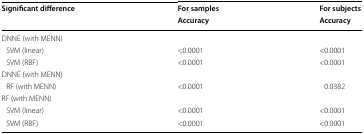
<table><thead><tr><td rowspan="2"><b>Significant difference</b></td><td><b>For samples</b></td><td><b>For subjects</b></td></tr><tr><td><b>Accuracy</b></td><td><b>Accuracy</b></td></tr></thead><tbody><tr><td colspan="3">DNNE (with MENN)</td></tr><tr><td> SVM (linear)</td><td>&lt;0.0001</td><td>&lt;0.0001</td></tr><tr><td> SVM (RBF)</td><td>&lt;0.0001</td><td>&lt;0.0001</td></tr><tr><td colspan="3">DNNE (with MENN)</td></tr><tr><td> RF (with MENN)</td><td>&lt;0.0001</td><td>0.0382</td></tr><tr><td colspan="3">RF (with MENN)</td></tr><tr><td> SVM (linear)</td><td>&lt;0.0001</td><td>&lt;0.0001</td></tr><tr><td> SVM (RBF)</td><td>&lt;0.0001</td><td>&lt;0.0001</td></tr></tbody></table>